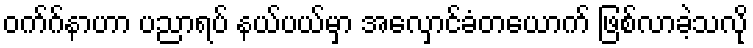
ဝက်ဂ်နာဟာ ပညာရပ် နယ်ပယ်မှာ အလှောင်ခံတယောက် ဖြစ်လာခဲ့သလို